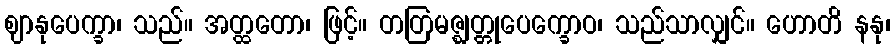
ဈာနုပေက္ခာ၊ သည်။ အတ္ထတော၊ ဖြင့်။ တတြမဇ္ဈတ္တုပေက္ခောဝ၊ သည်သာလျှင်။ ဟောတိ နနု၊